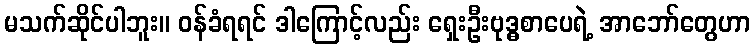
မသက်ဆိုင်ပါဘူး။ ဝန်ခံရရင် ဒါကြောင့်လည်း ရှေးဦးဗုဒ္ဓစာပေရဲ့ အာဘော်တွေဟာ